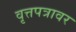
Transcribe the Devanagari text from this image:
वृत्तपत्रावर